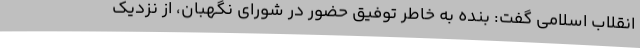
انقلاب اسلامی گفت: بنده به خاطر توفیق حضور در شورای نگهبان، از نزدیک